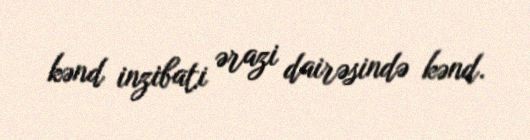
kənd inzibati ərazi dairəsində kənd.